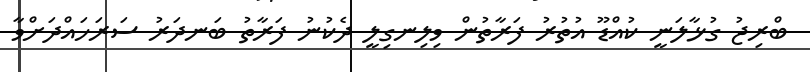
ބްރިޖު ގުޅާލަނީ ކުއްޑޫ އުތުރު ފަރާތުން ވިލިނގިލީ ދެކުނު ފަރާތު ބަނދަރު ސަރަހައްދަށްވާ